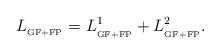
LaTeX: \begin{align*}L_{_{{\rm GF+FP}}}=L_{_{{\rm GF+FP}}}^{1}+L_{_{{\rm GF+FP}}}^{2}.\end{align*}